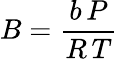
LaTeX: B={\frac{b\, P}{R\, T}}